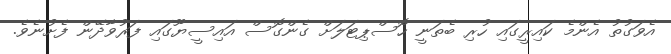
އެވަގުތު އެންމެ ކައިރީގައި ހުރި ބެތަނީ ހޮސްޕިޓަލަށް ގެންގޮސް އައިސީޔޫގައި ފަރުވާދޭން ފެށުނެވެ.